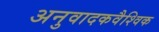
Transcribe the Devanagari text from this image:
अनुवादकवैश्विक